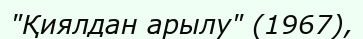
"Қиялдан арылу" (1967),